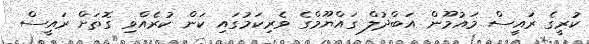
ކުރީގެ ރައީސް މައުމޫން އަބްދުލް ގައްޔޫމްގެ ވެރިކަމުގައި ކަން ކުރެއްވި ގޮތަށް ރައީސް